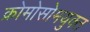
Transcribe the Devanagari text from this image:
क्रोमोसोमयुक्त